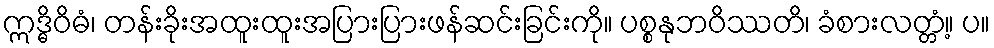
ဣဒ္ဓိဝိဓံ၊ တန်းခိုးအထူးထူးအပြားပြားဖန်ဆင်းခြင်းကို။ ပစ္စနုဘဝိဿတိ၊ ခံစားလတ္တံ့။ ပ။